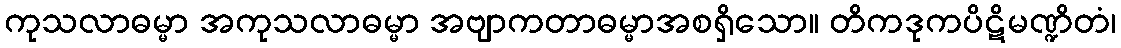
ကုသလာဓမ္မာ အကုသလာဓမ္မာ အဗျာကတာဓမ္မာအစရှိသော။ တိကဒုကပိဋိမဏ္ဍိတံ၊